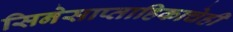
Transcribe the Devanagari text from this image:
सिनेसाप्ताहिकाचेही